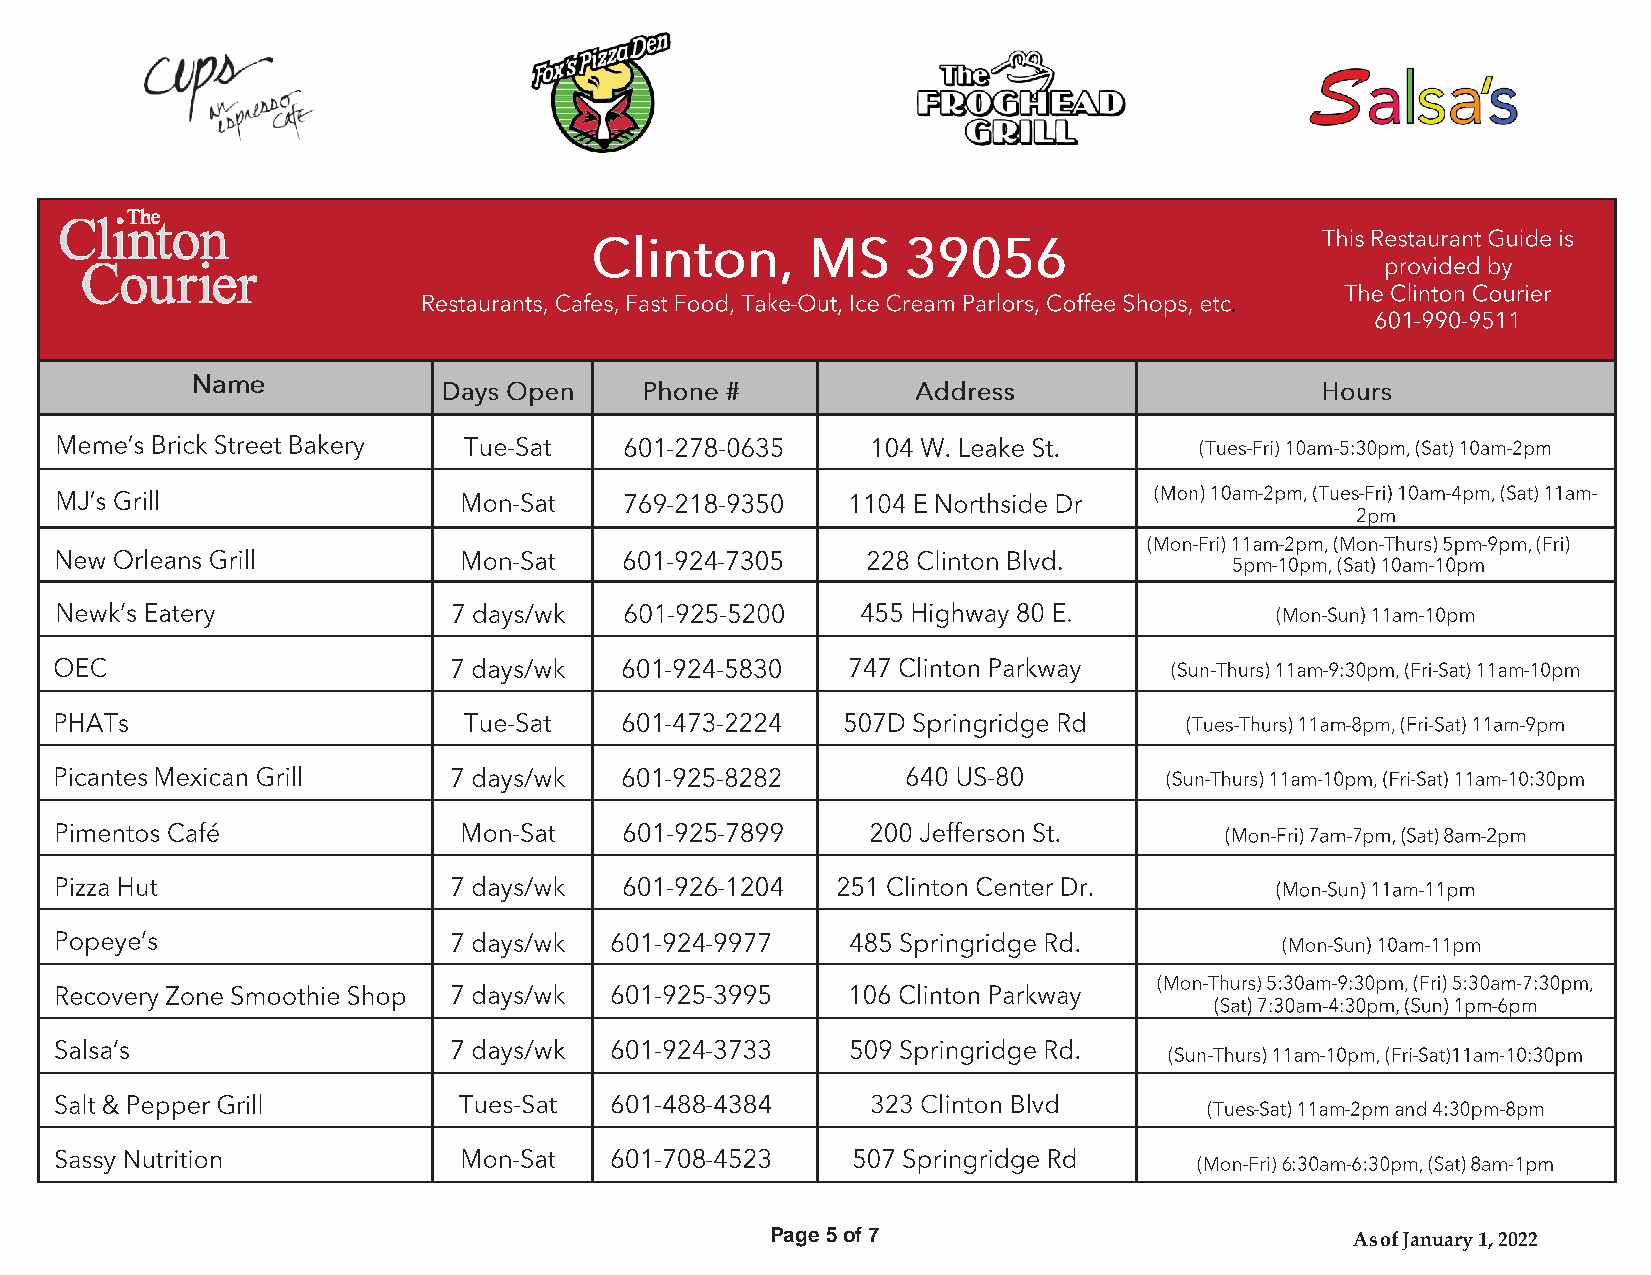
Page 5 of 7                            As of January 1, 2022